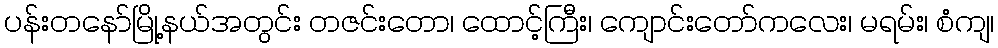
ပန်းတနော်မြို့နယ်အတွင်း တဇင်းတော၊ ထောင့်ကြီး၊ ကျောင်းတော်ကလေး၊ မရမ်း၊ စံကျ၊